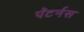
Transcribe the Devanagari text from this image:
पॅटर्नस